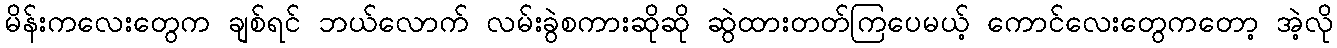
မိန်းကလေးတွေက ချစ်ရင် ဘယ်လောက် လမ်းခွဲစကားဆိုဆို ဆွဲထားတတ်ကြပေမယ့် ကောင်လေးတွေကတော့ အဲ့လို